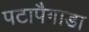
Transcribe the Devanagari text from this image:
पटापैगाडा